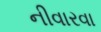
નીવારવા